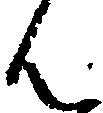
ん